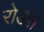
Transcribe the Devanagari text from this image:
रोडस